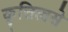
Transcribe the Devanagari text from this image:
कृत्तित्वसे